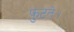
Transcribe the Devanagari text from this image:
फुटते।